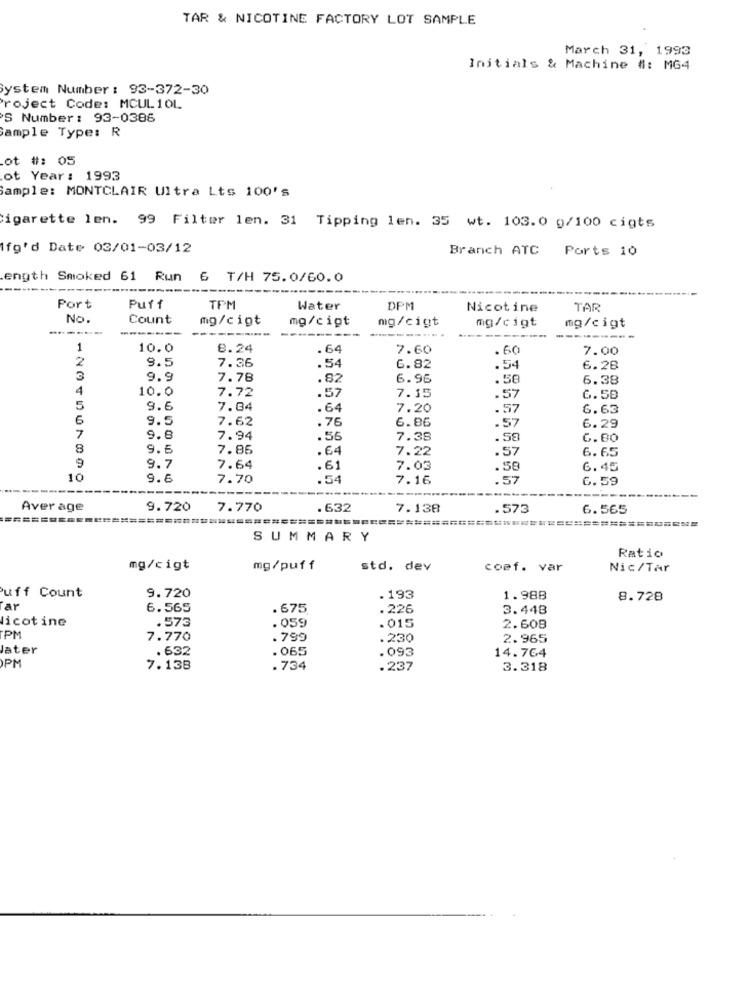
TAR & NICOTINE FACTORY LOT SAMPLE
March 31, 1993
Initials & Machine #: MG4
ystem Number : 93-372-30
Project Code: MCUL 10L
S Number : 93-0386
Sample Type: R
ot #: 05
ot Year: 1993
Sample: MONTCLAIR Ultra Lts 100's
Zigarette len. 99 Filter len. 31 Tipping len. 35 wt. 103.0 g/100 cigts
Ifo'd Date 03/01-03/12
Branch ATC Ports 10
ength Smoked 61 Run 6 T/H 75.0/60.0
Port
Puff
TPM
Water
DPM
Nicotine
TAR
No.
Count
mg/cigt
mg/cipt
mg/cigt
mg/cigt
----
mg/cigt
-----
1
10.0
8.24
.64
7.60
. 60
7.00
2
9.5
7.36
.54
6.82
.54
6.28
3
9.9
7.78
.82
6.96
.58
6.38
4
10.0
.57
7.72
7.15
.57
6.58
5
9.6
7.04
.64
7.20
.57
6.63
6
9.5
7.62
.76
6.86
.57
6.29
7
9.8
7.94
.56
7.38
.59
6. 80
8
9.6
7.86
.64
7.22
.57
6.65
9
9.7
7.64
.61
7.03
.58
6.45
10
9.6
7.70
.54
7.16
.57
6.59
Aver age
9.720
7.770
.632
7.138
.573
6.565
SUMMARY
Ratio
mg/cigt
mg/puff
std. dev
coef. var
Nic/Tar
uff Count
9.720
.193
1.988
8.728
ar
6.565
. 675
.226
3.448
licotine
.573
. 059
.015
2.608
PM
7.770
.799
.230
2.965
Jater
. 632
. 065
.093
14.764
PM
7.138
.734
.237
3.318